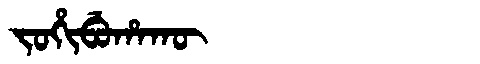
Manchu: ᠵᠣᡥᡳᠪᡠᡥᠠᡴᡡ
Romanization: JOHIBUHAKŪ